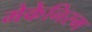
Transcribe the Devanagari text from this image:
मेकेनिस्म